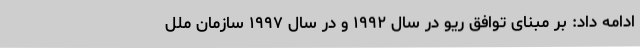
ادامه داد: بر مبنای توافق ریو در سال ۱۹۹۲ و در سال ۱۹۹۷ سازمان ملل